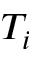
T _ { i }